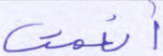
أنعمت